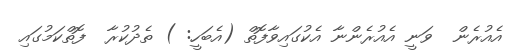
އެއުރެން  ވަނީ އެއުރެންނާ އެކުގައިވާފޮތް (އެބަހީ: ) ތެދުކުރާ  ފޮތްކަމުގައި